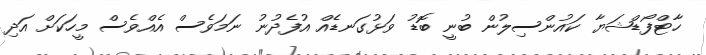
ހާޓްފޯޑްޝަޔާ ކައުންސިލުން ބުނީ ބޮޑު ވަޅުގަނޑެއް އުފެދުނު ނަމަވެސް އެއްވެސް މީހަކަށް އަދި